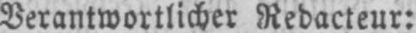
Verantwortlicher Redacteur: